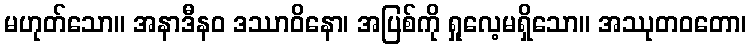
မဟုတ်သော။ အနာဒီနဝ ဒဿာဝိနော၊ အပြစ်ကို ရှုလေ့မရှိသော။ အဿုတဝတော၊